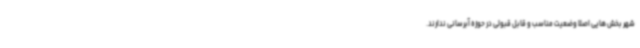
شهر بخش هایی اصلا وضعیت مناسب و قابل قبولی در حوزه آبرسانی ندارند.